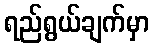
ရည်ရွယ်ချက်မှာ